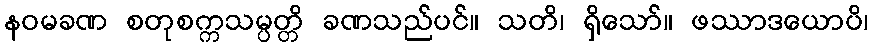
နဝမခဏ စတုစက္ကသမ္ပတ္တိ ခဏသည်ပင်။ သတိ၊ ရှိသော်။ ဖဿာဒယောပိ၊